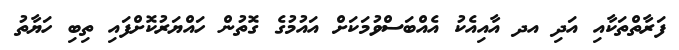
ފަރާތްތަކާއި އަދި އދ އާއިއެކު އެއްބަސްވުމަކަށް އައުމުގެ ގޮތުން ހައްޔަރުކޮށްފައި ތިބި ހަޔާތު